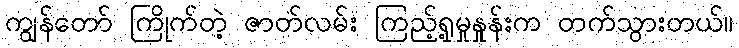
ကျွန်တော် ကြိုက်တဲ့ ဇာတ်လမ်း ကြည့်ရှု့မှုနှုန်းက တက်သွားတယ်။